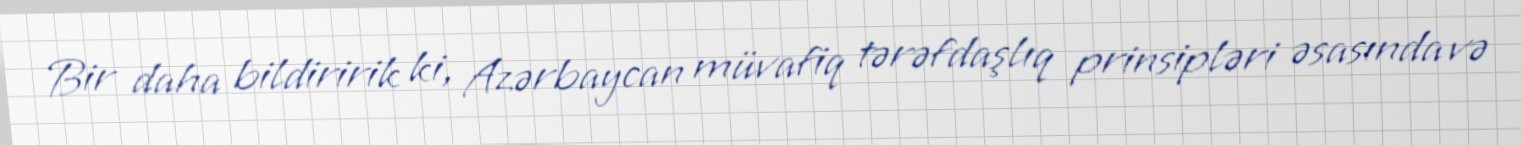
Bir daha bildiririk ki, Azərbaycan müvafiq tərəfdaşlıq prinsipləri əsasında və